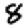
Digit: 8